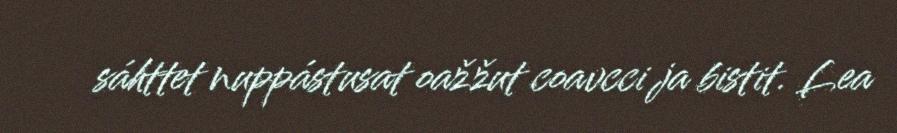
sáhttet nuppástusat oažžut coavcci ja bistit. Lea